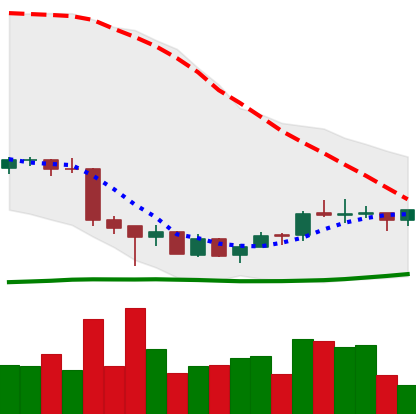
Ticker: EOS-USD
Chart end date: 2018-07-07
Forward return: -23.565%
Label: down_7plus